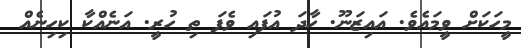
މީހަކަށް ވީމައެވެ. އައިޒަނޫ. ހާދަ އުފައި ވެފަ ތި ހުރީ. އަނެއްކާ ކިހިނެއް